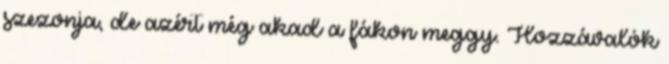
szezonja, de azért még akad a fákon meggy. Hozzávalók